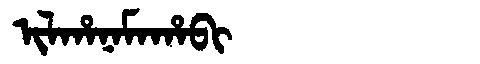
Manchu: ᡳᠯᡥᠠᠨᠠᠮᠠᡥᠠᠪᡳ
Romanization: ILHANAMAHABI